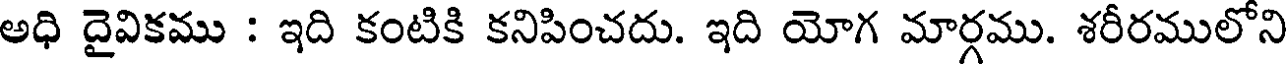
అధి దైవికము : ఇది కంటికి కనిపించదు. ఇది యోగ మార్గము. శరీరములోని